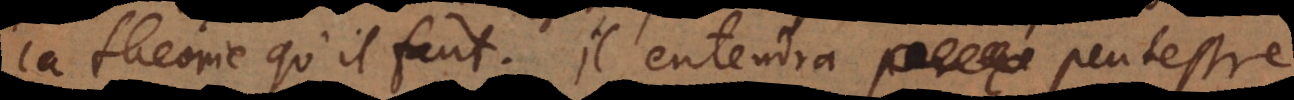
la theorie qu’il faut. Il entendra peutestre